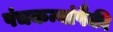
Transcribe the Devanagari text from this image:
पंचकन्यांपैकी